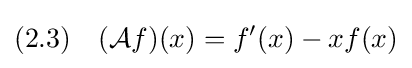
(2.3)\quad ({\mathcal {A}}f)(x)=f'(x)-xf(x)